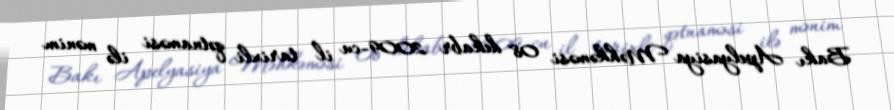
Bakı Apelyasiya Məhkəməsi 08 dekabr 2009-cu il tarixli qətnaməsi ilə mənim